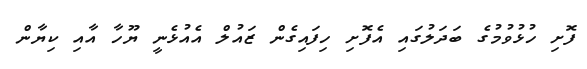
ފޮށި ހުޅުވުމުގެ ބަދަލުގައި އެފޮށި ހިފައިގެން ޒައުލް އެއުޅެނީ ޔޫހާ އާއި ކިޔާން